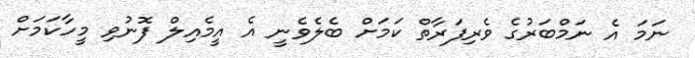
ނަމަ އެ ނަމްބަރުގެ ވެރިފަރާތް ކަމަށް ބެލެވެނީ އެ އީމެއިލް ފޮނުވި މީހާކަމަށް